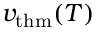
v _ { \mathrm { t h m } } ( T )